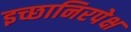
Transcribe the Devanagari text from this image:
इच्छानिरपेक्ष